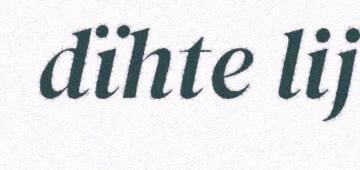
dïhte lij